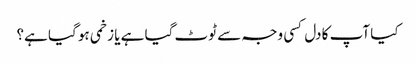
کیا آپ کا دل کسی وجہ سے ٹوٹ گیا ہے یا زخمی ہو گیا ہے؟